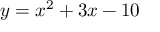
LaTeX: y = x ^ { 2 } + 3 x - 1 0